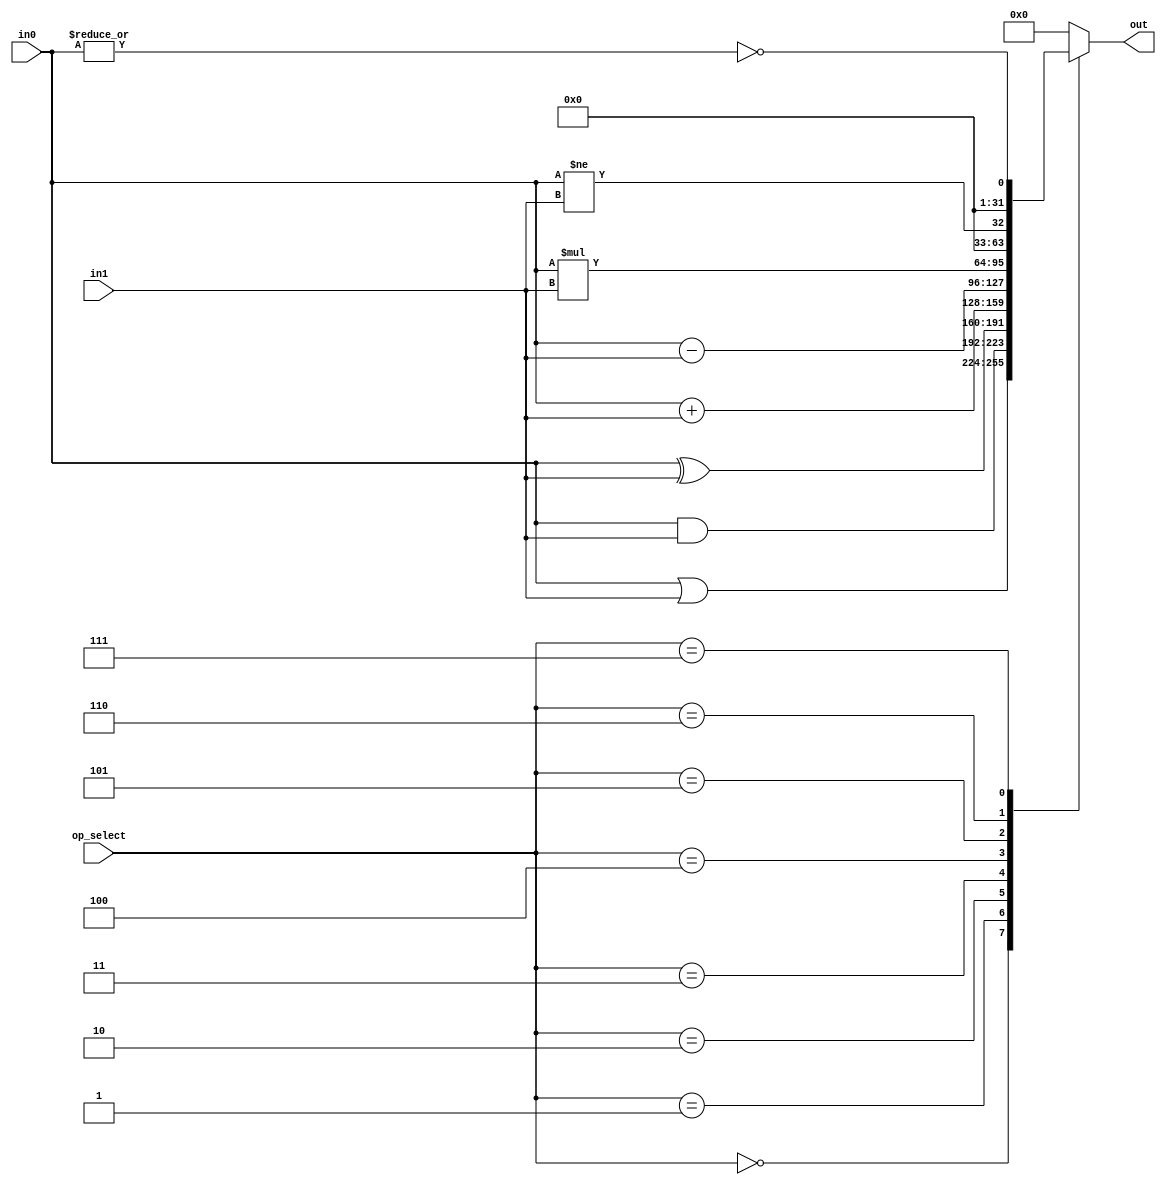
module alu(input [31:0]  in0,
           input [31:0]  in1,
           input [4:0] op_select,
           output [31:0] out);

   wire [31:0]           out_or;
   wire [31:0]           out_and;
   wire [31:0]           out_xor;
   wire [31:0]           out_add;
   wire [31:0]           out_sub;
   wire [31:0]           out_mul;
   wire [31:0]           out_neq;
   wire [31:0]           out_logic_not;
   
   
   assign out_or = in0 | in1;
   assign out_and = in0 & in1;
   assign out_xor = in0 ^ in1;
   assign out_add = in0 + in1;
   assign out_sub = in0 - in1;
   assign out_mul = in0 * in1;
   assign out_neq = {{31{1'b0}}, in0 != in1};
   assign out_logic_not = {{31{1'b0}}, !(|in0)};

   reg [31:0]            out_r;
   always @(*) begin
      case (op_select)
        5'd0: out_r = out_or;
        5'd1: out_r = out_and;
        5'd2: out_r = out_xor;
        5'd3: out_r = out_add;
        5'd4: out_r = out_sub;
        5'd5: out_r = out_mul;
        5'd6: out_r = out_neq;
        5'd7: out_r = out_logic_not;
        
        default: out_r = 32'h0;
      endcase
   end

   assign out = out_r;
   
endmodule